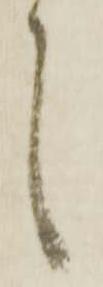
候